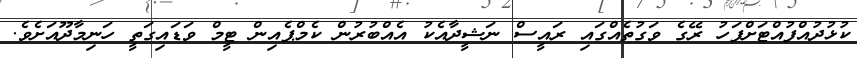
ކުޅުދުއްފުއްޓަށްފަހު ރޭގެ ވަގުތެއްގައި ރައީސް ނަޝީދާއެކު އެއްބުރުން ކެމްޕެއިން ޓީމް ވަޑައިގަތީ ހަނިމާދޫއަށެވެ.